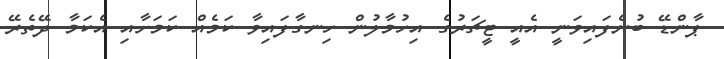
ޕާންޑޭ ބުނެފައިވަނީ އެއީ ޓީޗަރުގެ އިހުމާލުން ހިނގާފައިވާ ކަމެއް ކަމަށާއި އެކަމާ ދޭތެރޭ